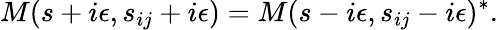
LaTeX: M(s+i\epsilon,s_{ij}+i\epsilon)=M(s-i\epsilon,s_{ij}-i\epsilon)^{*}.